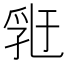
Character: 𠄀